Problem: 3 × 3 = ?
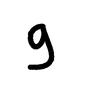
Handwritten answer: 9